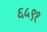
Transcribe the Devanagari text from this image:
६५९१